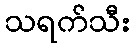
သရက်သီး